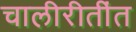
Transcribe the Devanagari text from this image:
चालीरीतींत